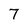
Character: 7